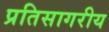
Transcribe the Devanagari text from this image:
प्रतिसागरीय